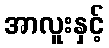
အာလူးနှင့်